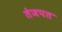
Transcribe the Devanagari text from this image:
तेजपत